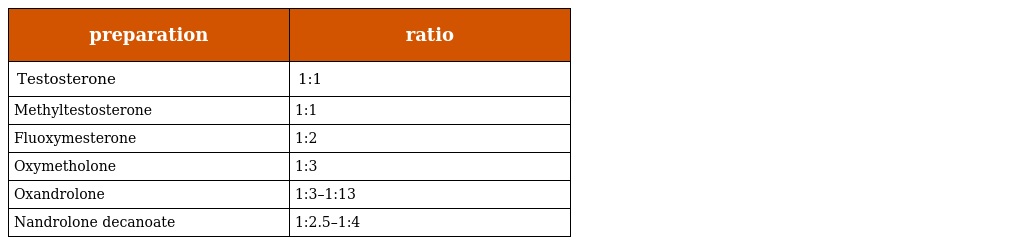
| preparation | ratio |
 | --- | --- |
 | Testosterone | 1:1 |
 | Methyltestosterone | 1:1 |
 | Fluoxymesterone | 1:2 |
 | Oxymetholone | 1:3 |
 | Oxandrolone | 1:3–1:13 |
 | Nandrolone decanoate | 1:2.5–1:4 |